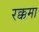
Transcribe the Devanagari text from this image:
रक्कमा